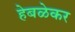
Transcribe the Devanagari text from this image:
हेबळेकर